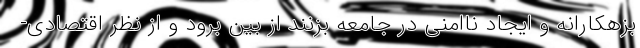
بزهکارانه و ایجاد ناامنی در جامعه بزنند از بین برود و از نظر اقتصادی-